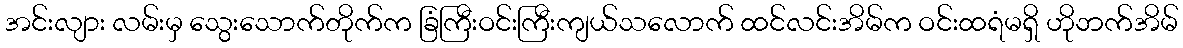
အင်းလျား လမ်းမှ သွေးသောက်တိုက်က ခြံကြီးဝင်းကြီးကျယ်သလောက် ထင်လင်းအိမ်က ဝင်းထရံမရှိ ဟိုဘက်အိမ်